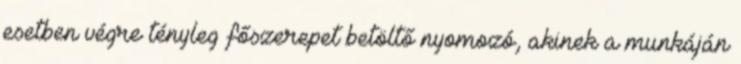
esetben végre tényleg főszerepet betöltő nyomozó, akinek a munkáján